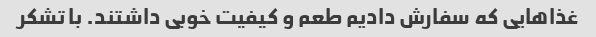
غذاهایی که سفارش دادیم طعم و کیفیت خوبی داشتند. با تشکر